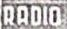
RADIO